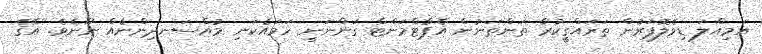
އަމިއްލަ ޑިވެލޮޕަރުން ތަރައްގީކުރާ ތަންތަނުން އެޕާޓްމަންޓް ގަންނަނީ ހަމައެކަނި މުއްސަނދިންނެއް ނޫނެވެ. އޭގެ